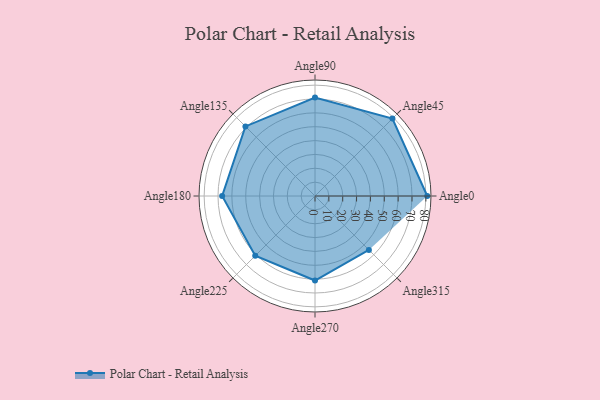
{"axis": {"x": "Angle", "y": "Radius"}, "legend": [""], "data": [{"x": "Angle0", "y": 81.0, "type": ""}, {"x": "Angle45", "y": 79.0, "type": ""}, {"x": "Angle90", "y": 71.0, "type": ""}, {"x": "Angle135", "y": 71.0, "type": ""}, {"x": "Angle180", "y": 67.0, "type": ""}, {"x": "Angle225", "y": 61.0, "type": ""}, {"x": "Angle270", "y": 61.0, "type": ""}, {"x": "Angle315", "y": 55.0, "type": ""}]}